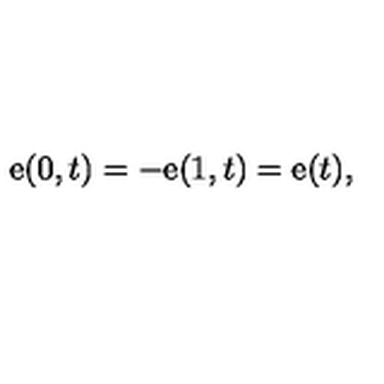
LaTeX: { \mathrm { \boldmath e } } ( 0 , t ) = - { \mathrm { \boldmath e } } ( 1 , t ) = { \mathrm { \boldmath e } } ( t ) ,